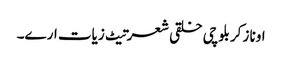
اونا زکر بلوچی خلقی شعرتیٹ زیات ارے۔